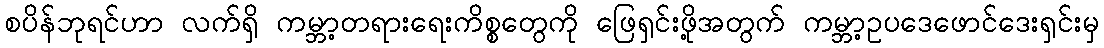
စပိန်ဘုရင်ဟာ လက်ရှိ ကမ္ဘာ့တရားရေးကိစ္စတွေကို ဖြေရှင်းဖို့အတွက် ကမ္ဘာ့ဥပဒေဖောင်ဒေးရှင်းမှ